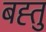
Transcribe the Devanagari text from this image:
बह्तु